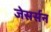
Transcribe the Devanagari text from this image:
जेसर्सन